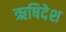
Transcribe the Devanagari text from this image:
ऋषिदेश